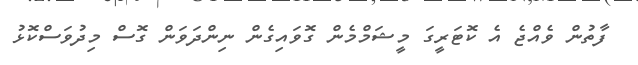
ފާތުން ވެއްޖެ އެ ކޮޓަރީގަ މީޝަމްމެން ގޮވައިގެން ނިންދަވަން ގޮސް މިދުވަސްކޮޅު